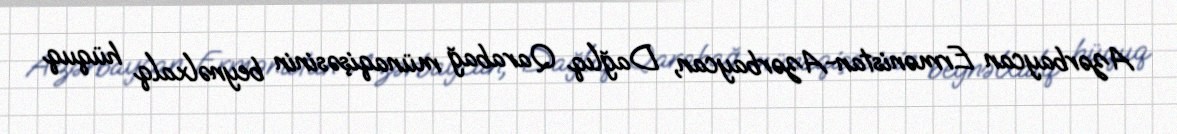
Azərbaycan Ermənistan-Azərbaycan, Dağlıq Qarabağ münaqişəsinin beynəlxalq hüquq